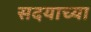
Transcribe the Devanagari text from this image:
सदयाच्या